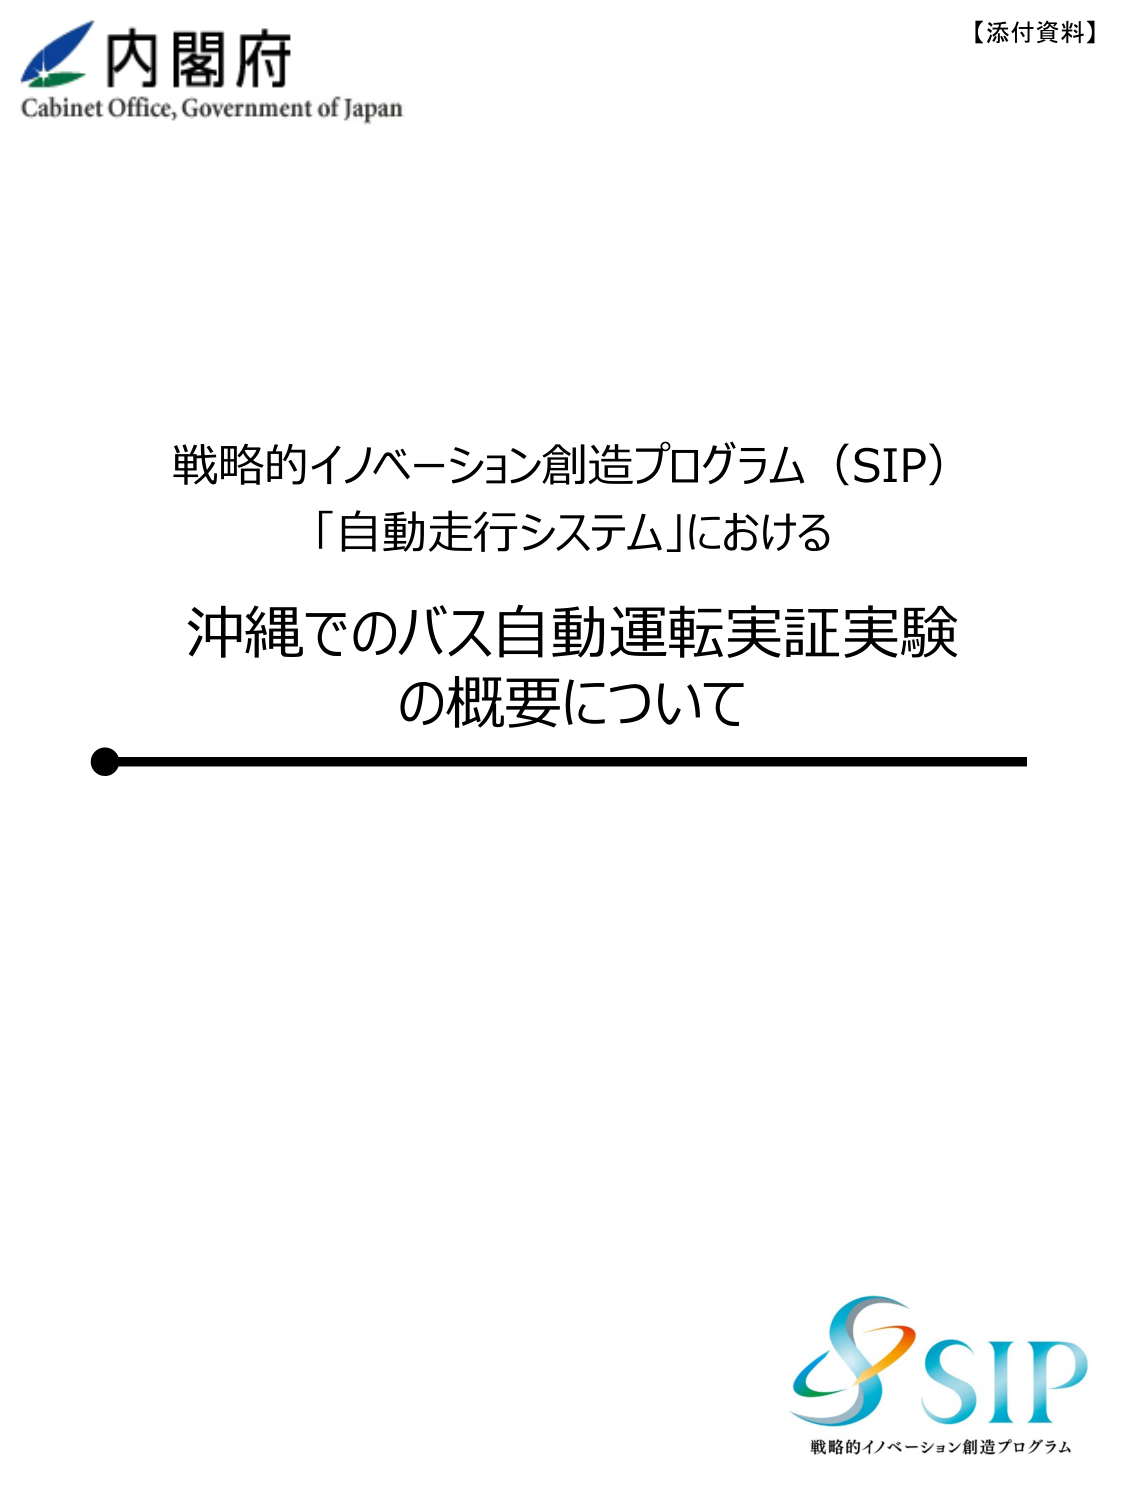
内閣府
Cabinet Office, Government of Japan

【添付資料】

戦略的イノベーション創造プログラム（SIP）
「自動走行システム」における
沖縄でのバス自動運転実証実験
の概要について

SIP
戦略的イノベーション創造プログラム